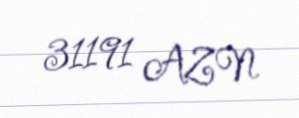
31191 AZN